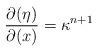
LaTeX: \begin{align*}\frac{\partial (\eta)}{\partial (x)} = \kappa^{n+1}\end{align*}